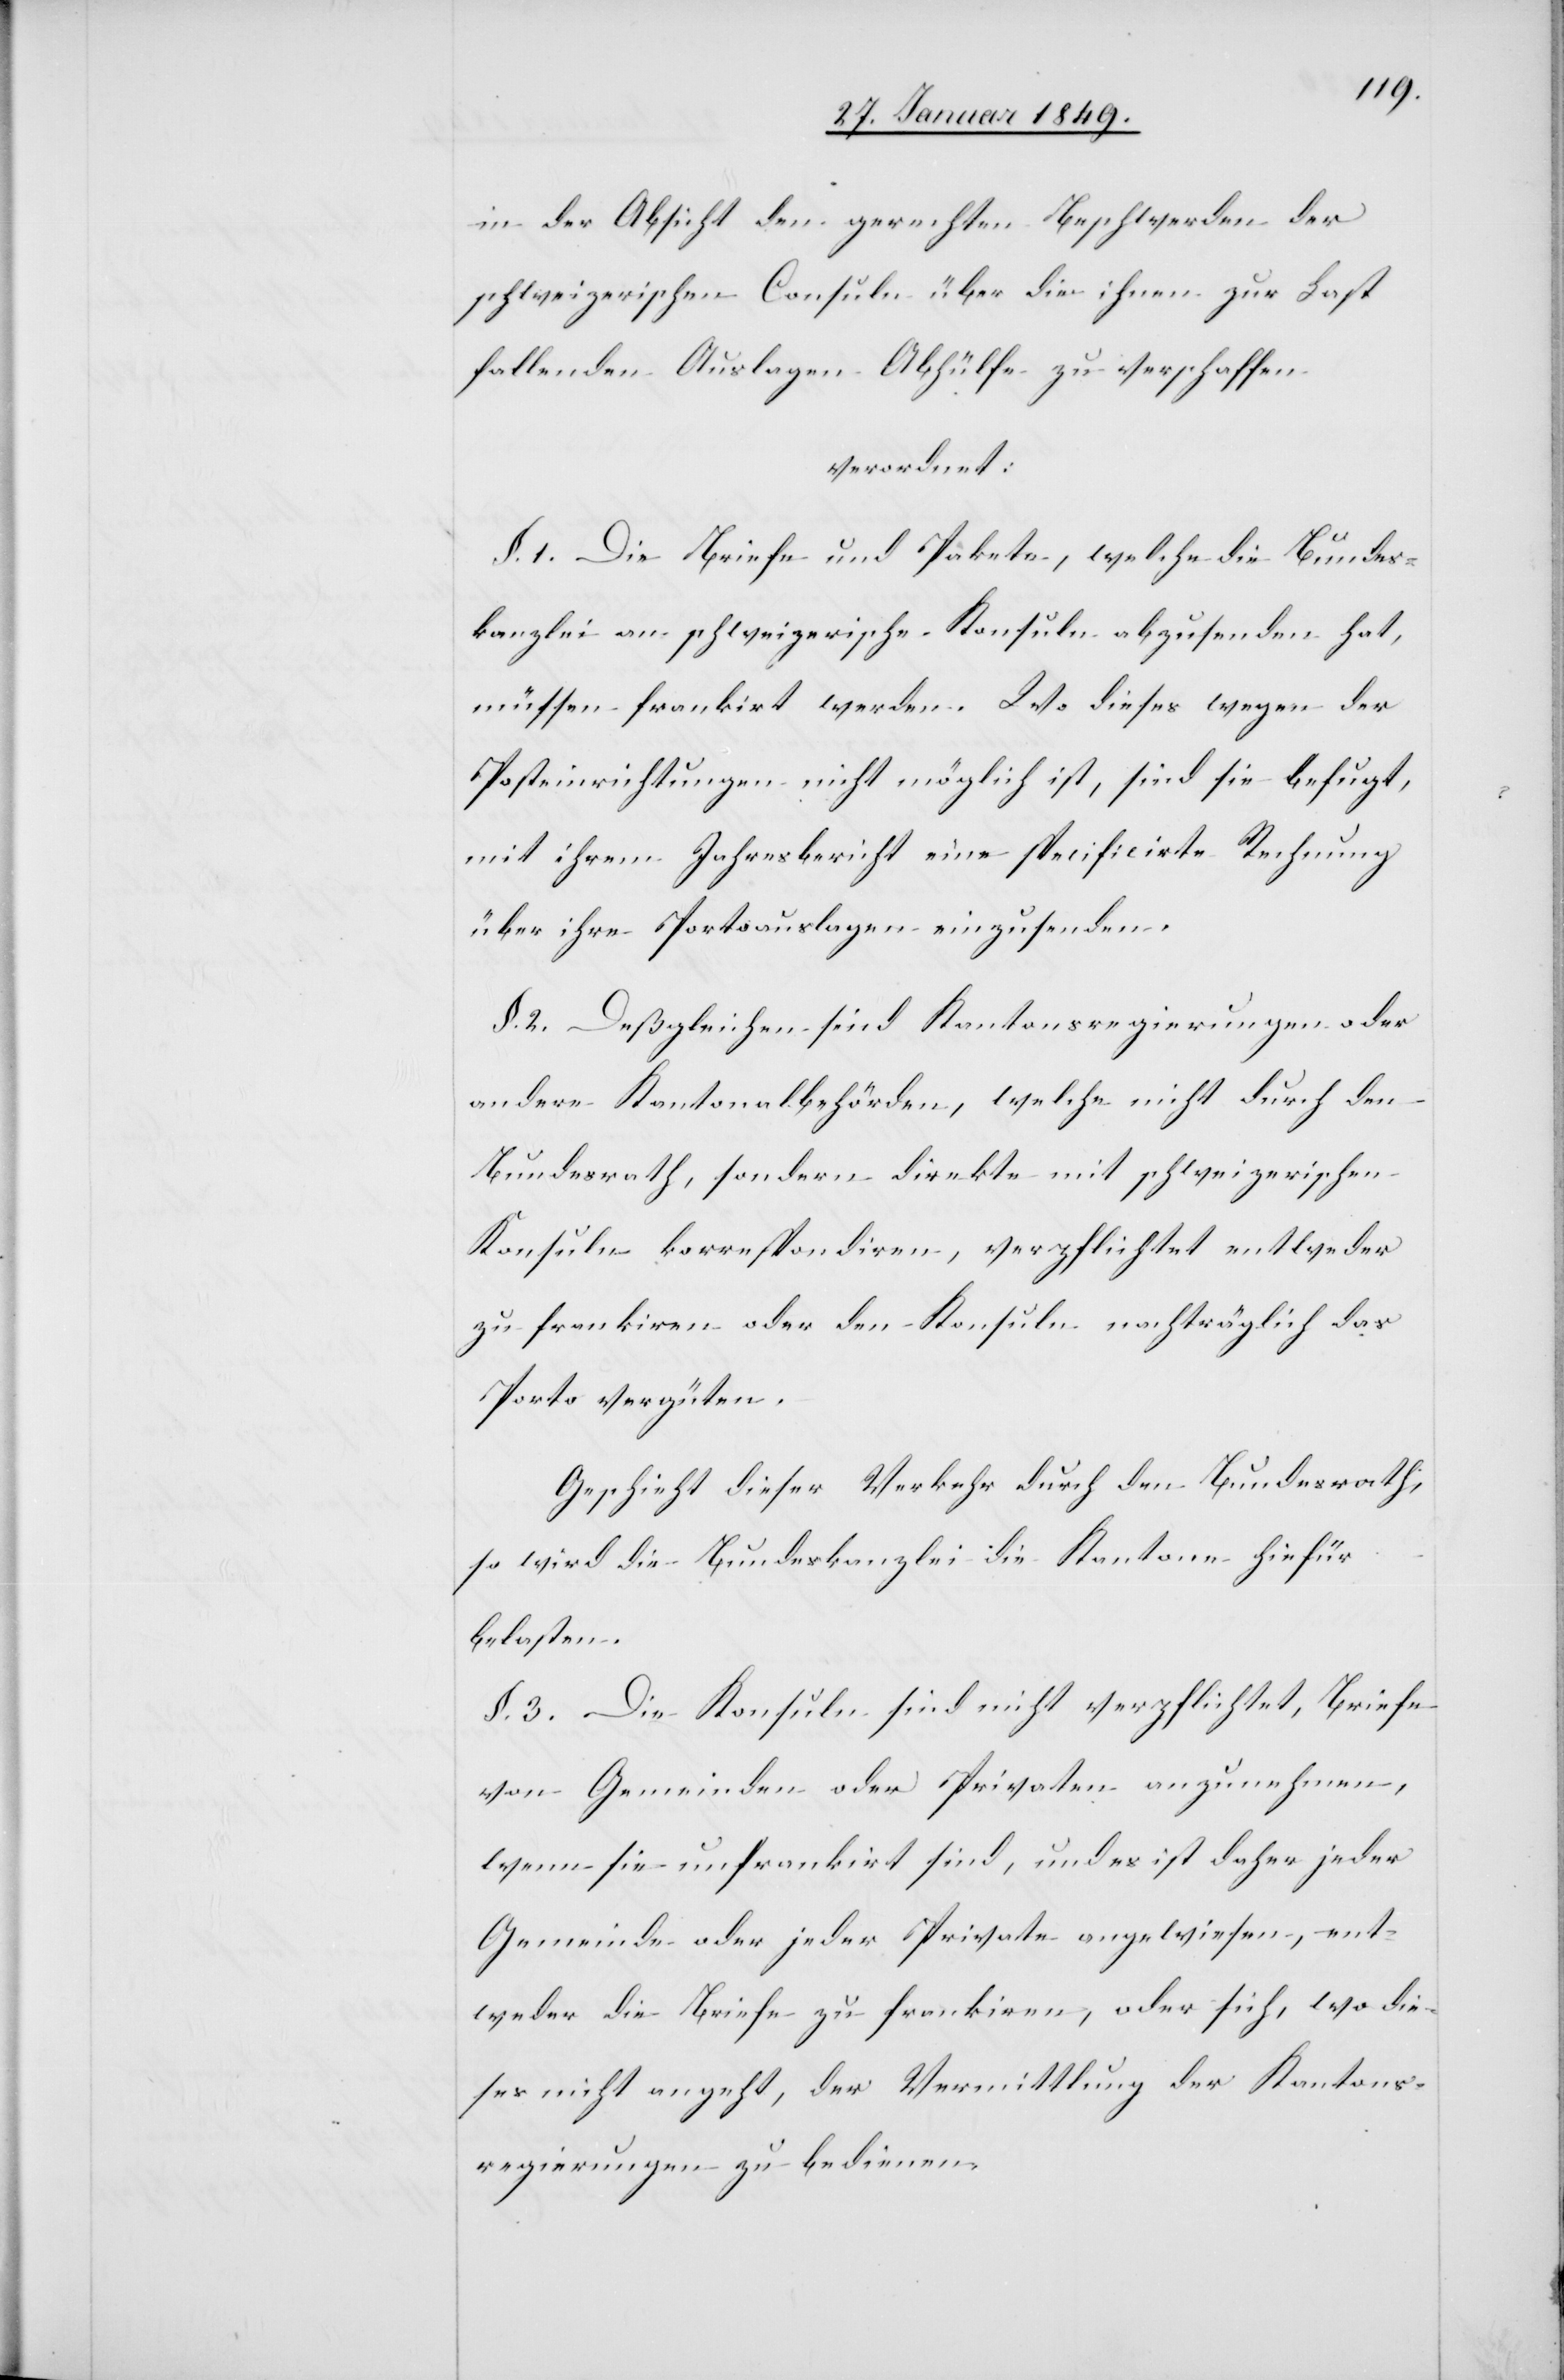
in der Absicht den gerechten Beschwerden der
schweizerischen Consuln über die ihnen zur Last
fallenden Auslagen Abhülfe zu verschaffen
verordnet:
§. 1. Die Briefe und Pakete, welche die Bundes¬
kanzlei an schweizerische Konsuln abzusenden hat,
müssen frankirt werden. Wo dieses wegen der
Posteinrichtungen nicht möglich ist, sind sie befugt,
mit ihrem Jahresbericht eine specificirte Rechnung
über ihre Portoauslagen einzusenden.
§. 2. Deßgleichen sind Kantonsregierungen oder
andere Kantonalbehörden, welche nicht durch den
Bundesrath, sondern direkte mit schweizerischen
Konsuln korrespondiren, verpflichtet entweder
zu frankiren oder den Konsuln nachträglich das
Porto vergüten.
Geschieht dieser Verkehr durch den Bundesrath,
so wird die Bundeskanzlei die Kantone hiefür
belasten.
§. 3. Die Konsuln sind nicht verpflichtet, Briefe
von Gemeinden oder Privaten anzunehmen,
wenn sie unfrankirt sind, und es ist daher jeder
Gemeinde oder jeder Private angewiesen, ent¬
weder die Briefe zu frankiren, oder sich, wo die¬
ses nicht angeht, der Vermittlung der Kantons¬
regierungen zu bedienen.